Document type: Grant
Year: 1403
Scribe: Berenguer Pedrosell
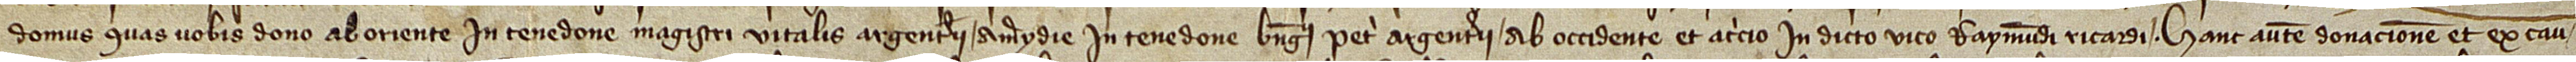
domus quas vobis dono ab oriente in tenedone magistri Vitalis, argenterii, a merydie in tenedone Berengarii Petri, argenterii, ab occidente et a circio in dicto vico Raymundi Ricardi. Hanc autem donacionem et ex cau-